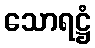
သောရဋ္ဌံ